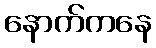
နောက်ကနေ